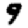
Digit: 9